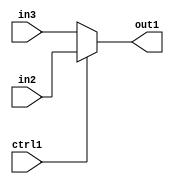
`timescale 1ps / 1ps
/*****************************************************************************
    Verilog RTL Description
    
    
    Created by: Stratus DpOpt 21.05.01 
*******************************************************************************/

module dut_N_Mux_1_2_45_1 (
	in3,
	in2,
	ctrl1,
	out1
	); /* architecture "behavioural" */ 
input  in3,
	in2,
	ctrl1;
output  out1;
wire  asc001;

reg [0:0] asc001_tmp_0;
assign asc001 = asc001_tmp_0;
always @ (ctrl1 or in2 or in3) begin
	case (ctrl1)
		1'B1 : asc001_tmp_0 = in2 ;
		default : asc001_tmp_0 = in3 ;
	endcase
end

assign out1 = asc001;
endmodule

/* CADENCE  uLL1SQ8= : u9/ySxbfrwZIxEzHVQQV8Q== ** DO NOT EDIT THIS LINE ******/